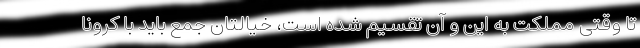
تا وقتی مملکت به این و آن تقسیم شده است، خیالتان جمع باید با کرونا